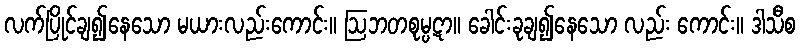
လက်ပြိုင်ချ၍နေသော မယားလည်းကောင်း။ ဩဘတစုမ္ပဋာ။ ခေါင်းခုချ၍နေသော လည်း ကောင်း။ ဒါသီစ